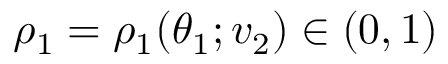
\rho _ { 1 } = \rho _ { 1 } ( \theta _ { 1 } ; v _ { 2 } ) \in ( 0 , 1 )